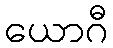
ယောဂီ